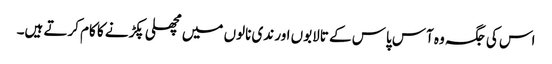
اس کی جگہ وہ آس پاس کے تالابوں اور ندی نالوں میں مچھلی پکڑنے کا کام کرتے ہیں۔